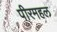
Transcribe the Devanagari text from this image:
पीरमहल